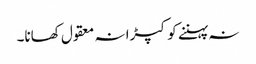
نہ پہننے کو کپڑا نہ معقول کھانا۔